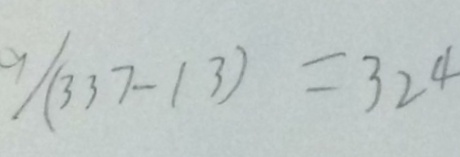
9 / ( 3 3 7 - 1 3 ) = 3 2 4